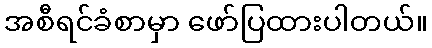
အစီရင်ခံစာမှာ ဖော်ပြထားပါတယ်။